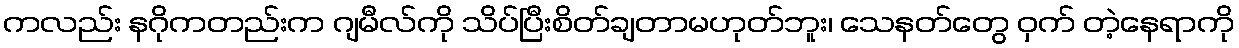
ကလည်း နဂိုကတည်းက ဂျမီလ်ကို သိပ်ပြီးစိတ်ချတာမဟုတ်ဘူး၊ သေနတ်တွေ ဝှက် တဲ့နေရာကို